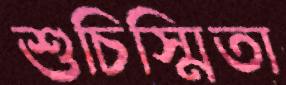
শুচিস্মিতা